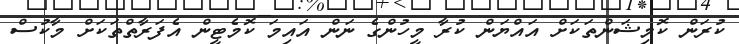
ކުރަން ކޮމިޝަންތަކަށް އައްޔަން ކުރާ މީހުންގެ ނަން އައިމަ ކޮމެޓީން އެފަރާތްތަކަށް މާކުސް